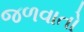
જળવાતો